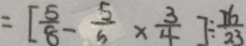
= [ \frac { 5 } { 8 } - \frac { 5 } { 6 } \times \frac { 3 } { 4 } ] \div \frac { 1 6 } { 2 3 }